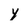
Character: y